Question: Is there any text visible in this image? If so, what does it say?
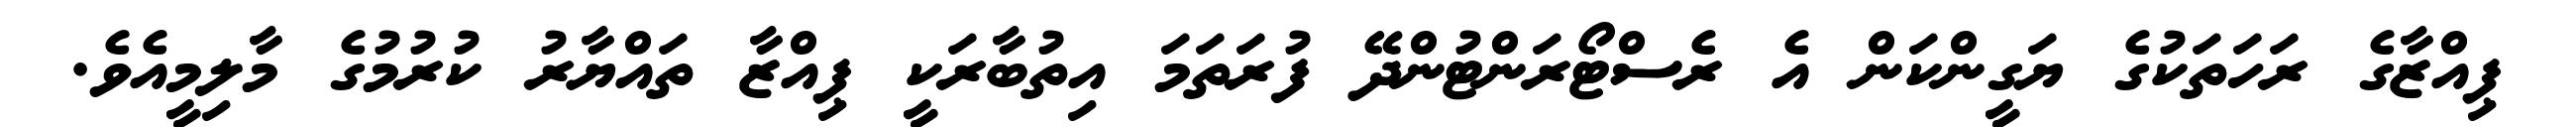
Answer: ޕިއްޒާގެ ރަހަތަކުގެ ޔަގީންކަން އެ ރެސްޓޯރަންޓުންދޭ ފުރަތަމަ އިތުބާރަކީ ޕިއްޒާ ތައްޔާރު ކުރުމުގެ މާލިމީއެވެ.